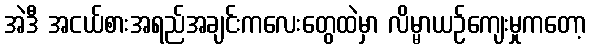
အဲဒီ အငယ်စားအရည်အချင်းကလေးတွေထဲမှာ လိမ္မာယဉ်ကျေးမှုကတော့